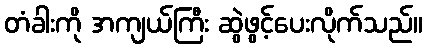
တံခါးကို အကျယ်ကြီး ဆွဲဖွင့်ပေးလိုက်သည်။